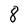
Character: 8